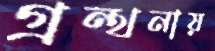
গ্রন্থনায়